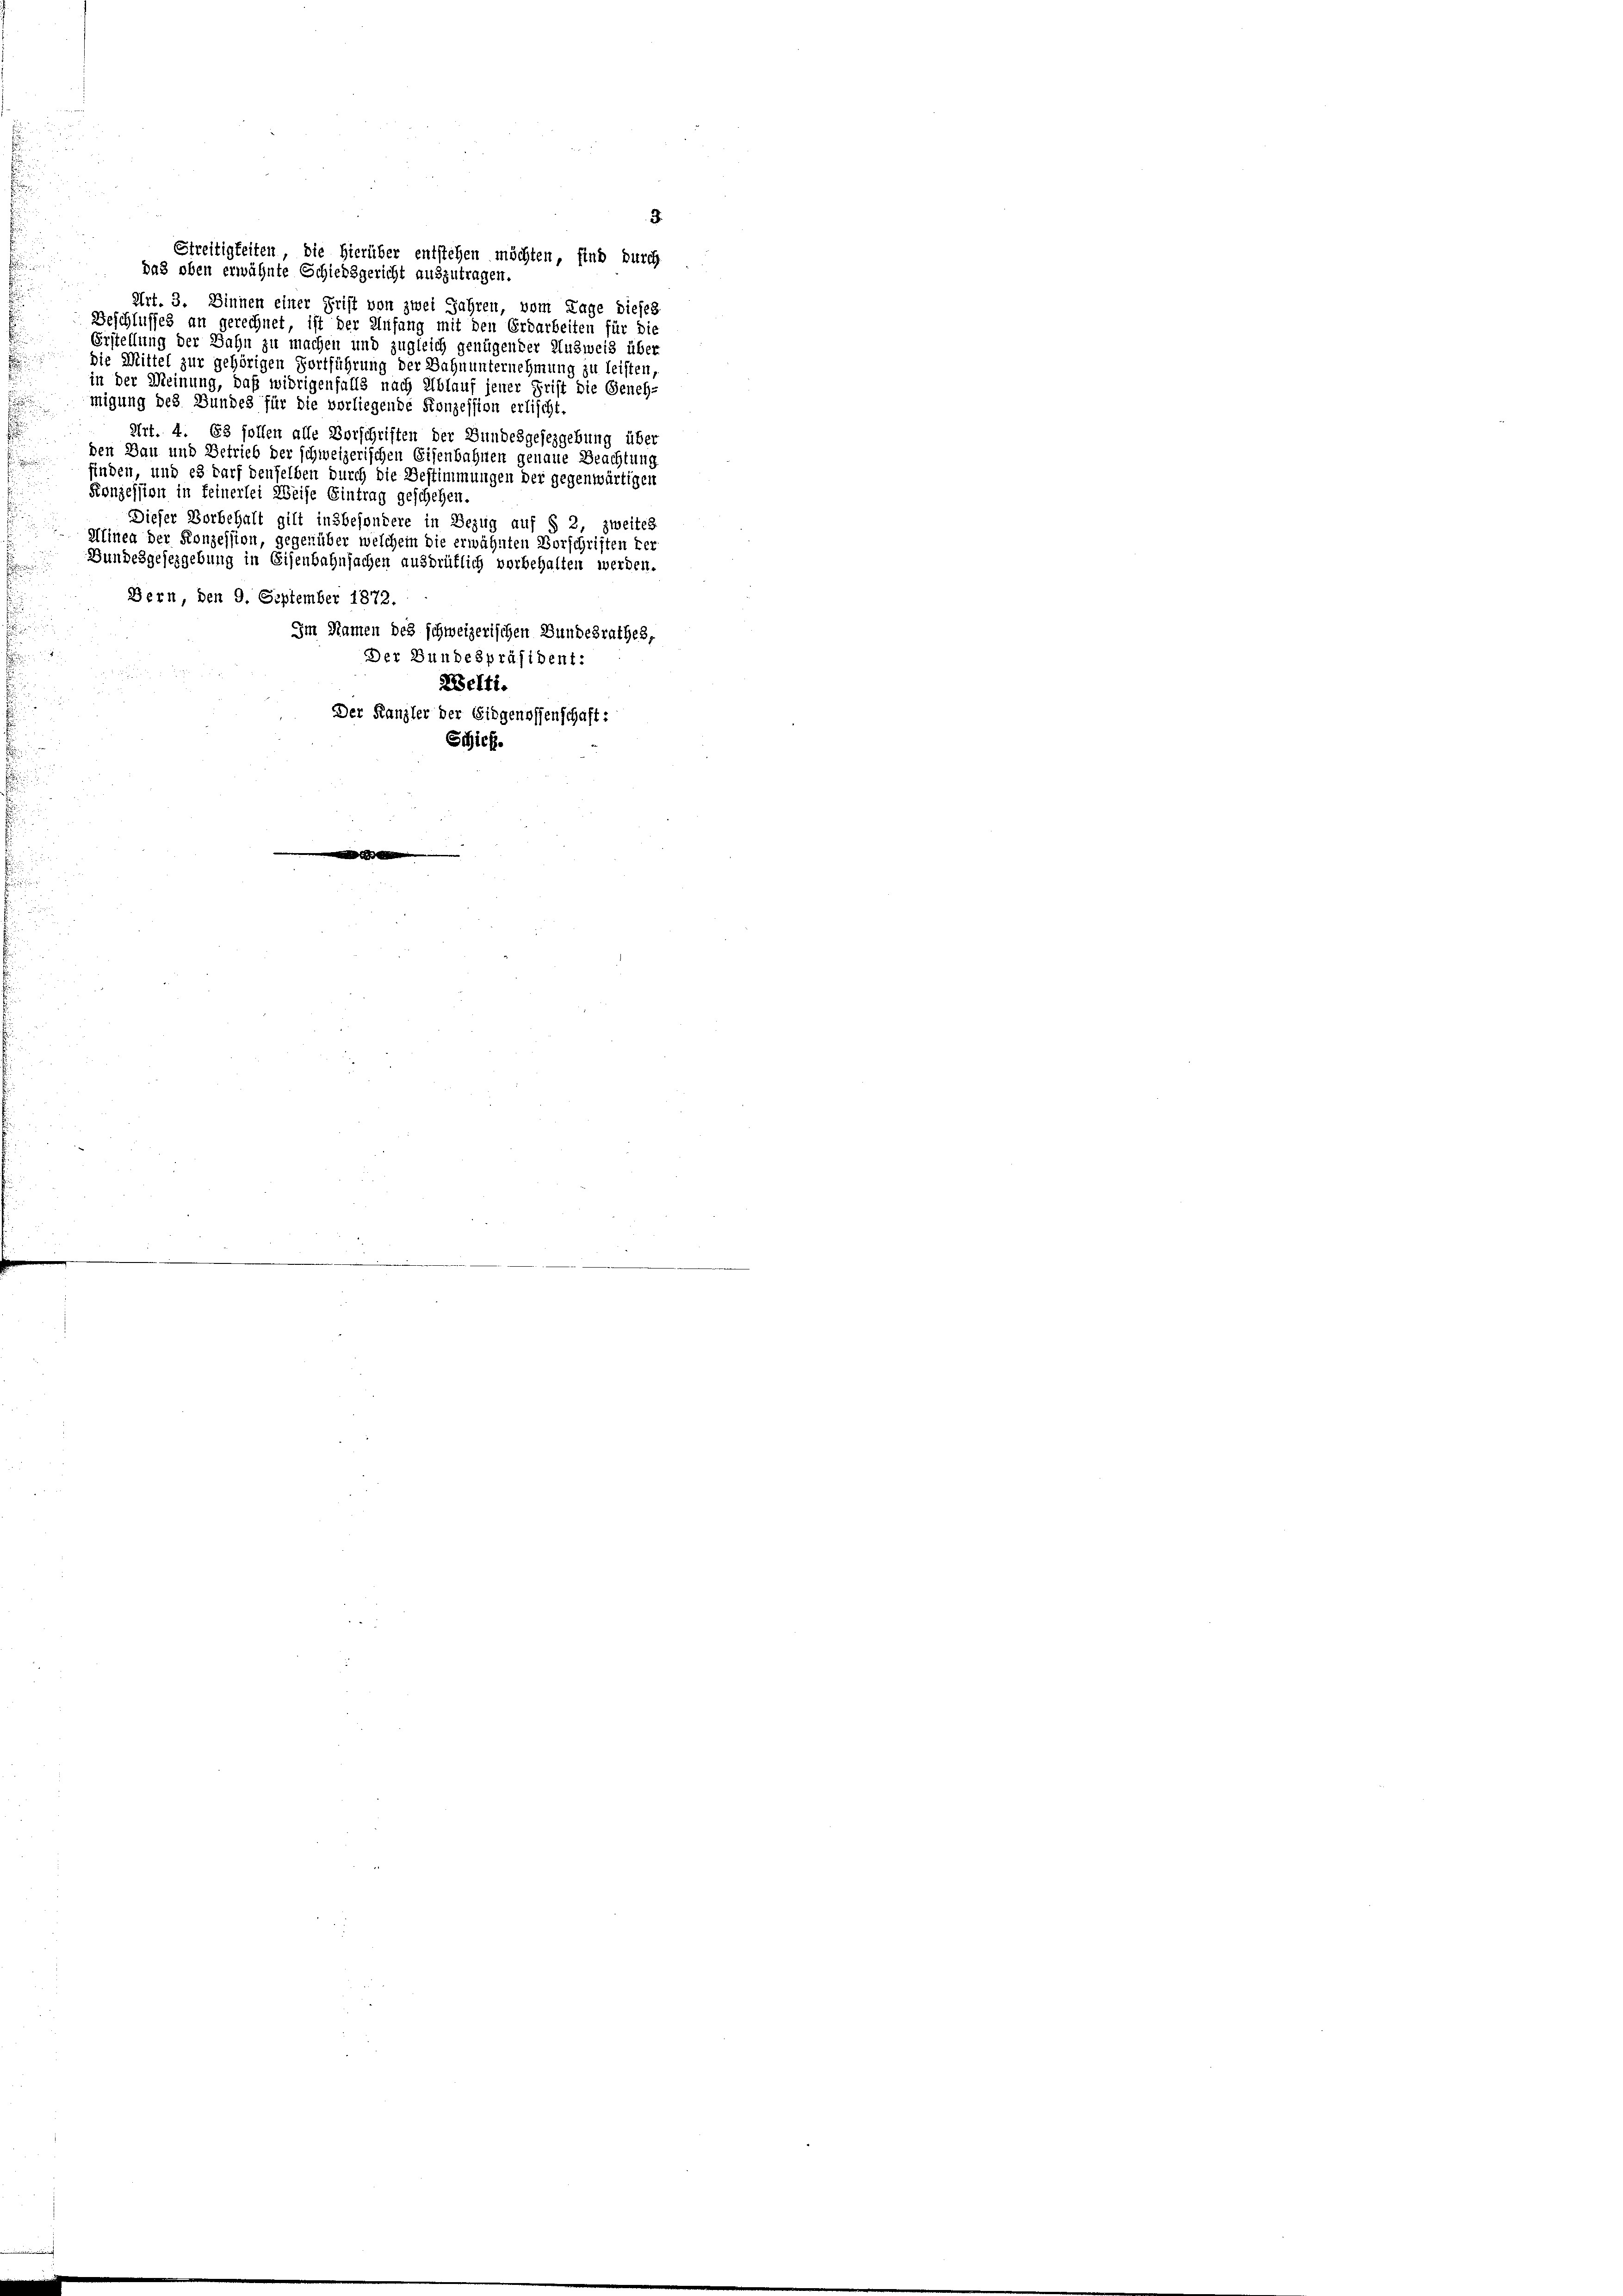
Streitigkeiten, die hierüber entstehen möchten, find durch
das oben erwähnte Schiedsgericht auszutragen.
 Art. 3. Dinnen einer Frist von zwei Jahren, vom Tage dieses
Beschlusses an gerechnet, ist der Aufang mit den Erdarbeiten für die
Erstellung der Bahn zu machen und zugleich genügender Ausweis über
die Mittel zur gehörigen Fortführung der Bahnunternehmung zu leisten
in der Meinung, daß widrigenfalls nach Ablauf jener Frist die Geneh-
migung des Bundes für die vorliegende Konzession erlischt.
Art. 4. 63 follen alle Vorschriften der Bundesgesezgebung über
den Bau und Betrieb der schweizerischen Eisenbahnen genaue Beachtung
finden, und es darf denselben durch die Bestimmungen der gegenwärtigen
Konzession in feinerlei Weise Eintrag geschehen.
Dieser Vorbehalt gilt insbesondere in Bezug auf § 2, zweites
Mlinen der Konzession, gegenüber welchem die erwähnten Vorschriften ver
Bundesgesezgebung in Eisenbahnfachen ausdrüflich vorbehalten werden.
Bern, den 9. September 1872.
Im Namen des schweizerischen Bundesrathes,
Der Bundespräsident:
Zelti.
Der Kanzler der Eidgenossenschaft:
Schick.

3.